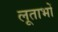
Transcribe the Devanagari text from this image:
लूताभों